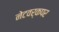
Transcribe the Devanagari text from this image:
नेटवर्कपर